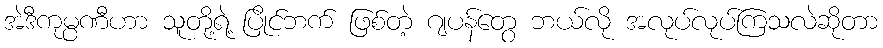
အဲဒီကုမ္ပဏီဟာ သူတို့ရဲ့ ပြိုင်ဘက် ဖြစ်တဲ့ ဂျပန်တွေ ဘယ်လို အလုပ်လုပ်ကြသလဲဆိုတာ